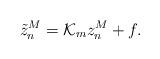
LaTeX: \begin{align*}\tilde{z}_n^M = \mathcal{K}_m z_n^M + f.\end{align*}